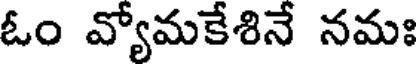
ఓం వ్యోమకేశినే నమః